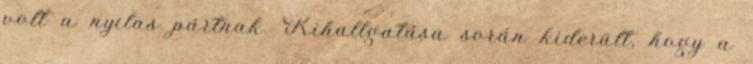
volt a nyilas pártnak. Kihallgatása során kiderült, hogy a